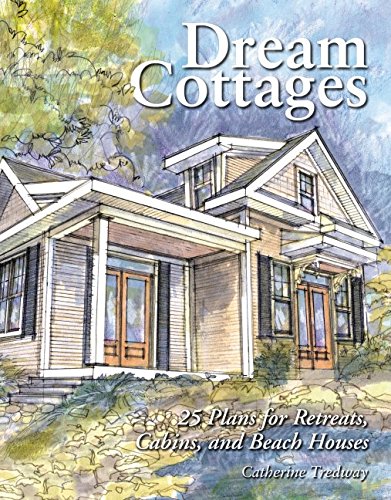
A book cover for Dream Cottages : 25 Plans for Retreats, Cabins, and Beach Houses; Catherine Tredway; Crafts, Hobbies & Home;